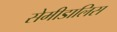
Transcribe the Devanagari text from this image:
सेमीडालिस